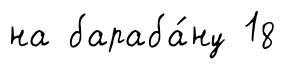
на бараба́ну 18